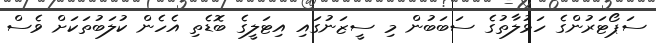
ސަޕޯޓަރުންގެ ހަޅުލާތުގެ ސަބަބުން މި ސީޒަނުގައި އިޓަލީގެ ބޮޑެތި އެހެން ކުލަބުތަކަށް ވެސް